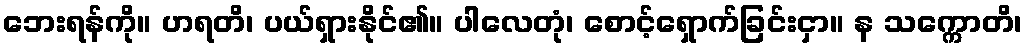
ဘေးရန်ကို။ ဟရတိ၊ ပယ်ရှားနိုင်၏။ ပါလေတုံ၊ စောင့်ရှောက်ခြင်းငှာ။ န သက္ကောတိ၊